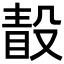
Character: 𣪭